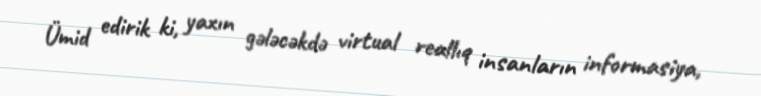
Ümid edirik ki, yaxın gələcəkdə virtual reallıq insanların informasiya,